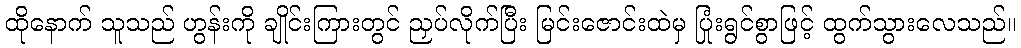
ထိုနောက် သူသည် ဟွန်းကို ချိုင်းကြားတွင် ညှပ်လိုက်ပြီး မြင်းဇောင်းထဲမှ ပြုံးရွင်စွာဖြင့် ထွက်သွားလေသည်။